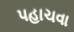
પહાચવા